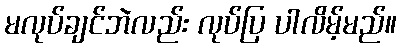
မလုပ်ချင်ဘဲလည်း လုပ်ပြ ပါလိမ့်မည်။